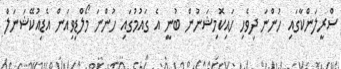
ސްރީލަންކާގައި ހުންނަ ދިވެހި ހައިކޮމިޝަނުން ބުނީ އެ ގައުމުގައި ހުންނަ މޯލްޑިވިއަން އެޑިއުކޭޝަނަލް